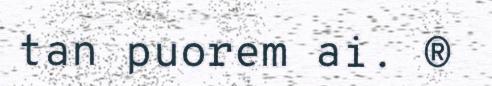
tan puorem ai. ®